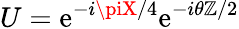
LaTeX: U=\mathrm{e}^{-i\piX/4}\mathrm{e}^{-i\theta\mathbb{Z}/2}